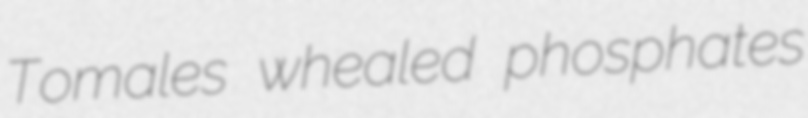
Tomales whealed phosphates